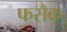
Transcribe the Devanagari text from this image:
फरौक